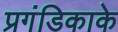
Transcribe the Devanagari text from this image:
प्रगंडिकाके